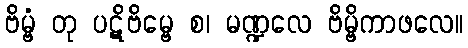
ဗိမ္ဗံ တု ပဋိဗိမ္ဗေ စ၊ မဏ္ဍလေ ဗိမ္ဗိကာဖလေ။